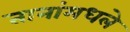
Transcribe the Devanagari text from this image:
तानांमधले